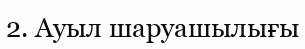
2. Ауыл шаруашылығы